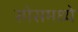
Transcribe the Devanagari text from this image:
स्पेसमध्ये